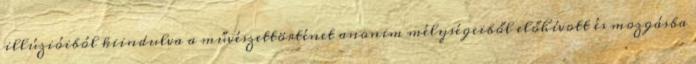
illúzióiból kiindulva a művészettörténet anonim mélységeiből előhívott és mozgásba